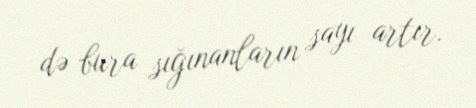
də bura sığınanların sayı artır.